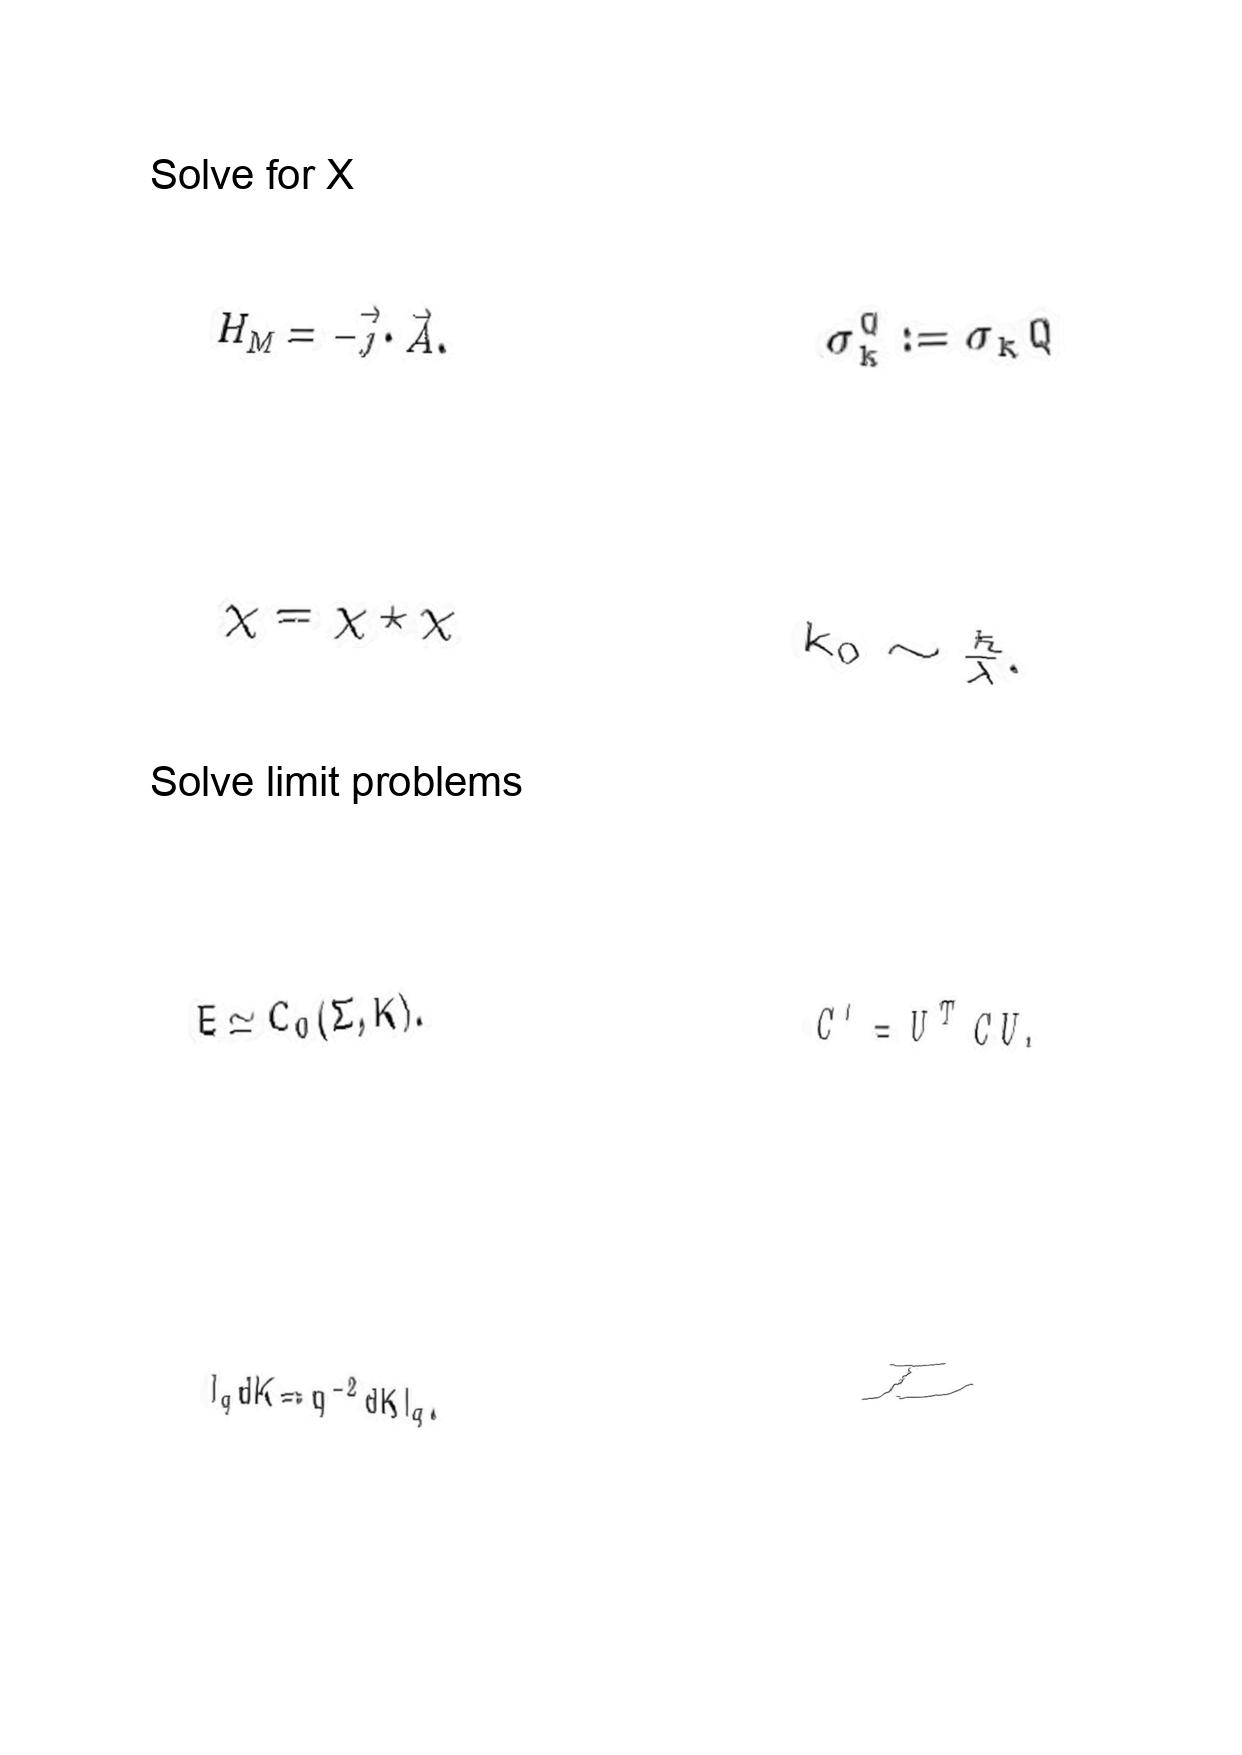
LaTeX transcription:
H _ { M } = - \vec { j } \cdot \vec { A } .
\chi = \chi \star \chi
E \simeq C _ { 0 } \lparen \Sigma , K \rparen .
l _ { q } d K = q ^ { - 2 } d K l _ { q } .
\sigma _ { k } ^ { Q } : = \sigma _ { k } Q
k _ { 0 } \sim \frac { \hbar } { \lambda } .
C ^ { \prime } = U ^ { T } C U .
L